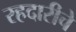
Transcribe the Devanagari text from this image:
रहदारीचे